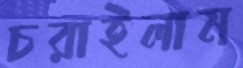
চরাইলাম